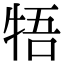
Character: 牾